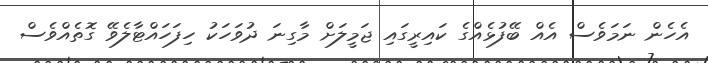
އެހެން ނަމަވެސް އެއް ބޭފުޅެއްގެ ކައިރީގައި ޖަމީލަށް މާގިނަ ދުވަހަކު ހިފަހައްޓާލެވޭ ގޮތެއްވެސް